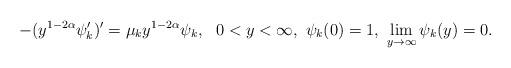
LaTeX: \begin{align*}-(y^{1-2\alpha}\psi_k^{\prime})^ {\prime} = \mu_k y^{1-2\alpha} \psi_k, \ \ 0< y < \infty , \ \psi_k(0)=1, \ \lim_{y \to \infty} \psi_k(y)=0.\end{align*}